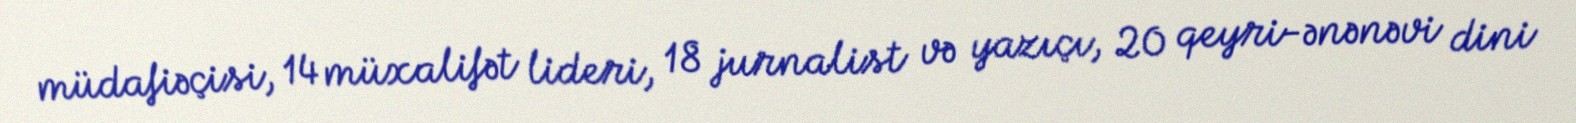
müdafiəçisi, 14 müxalifət lideri, 18 jurnalist və yazıçı, 20 qeyri-ənənəvi dini